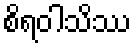
စိရဝါသိဿ